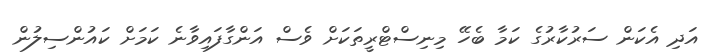
އަދި އެކަން ސަރުކާރުގެ ކަމާ ބެހޭ މިނިސްޓްރީތަކަށް ވެސް އަންގާފައިވާނެ ކަމަށް ކައުންސިލުން